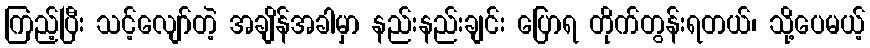
ကြည့်ပြီး သင့်လျော်တဲ့ အချိန်အခါမှာ နည်းနည်းချင်း ပြောရ တိုက်တွန်းရတယ်၊ သို့ပေမယ့်